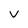
Character: v